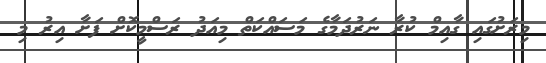
މިރަށުގައި ގާއިމް ކުރާ ނަރުދަމާގެ މަސައްކަތް މިއަދު ރަސްމީކޮށް ފަށާ އިރު މި